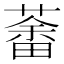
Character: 𦼞